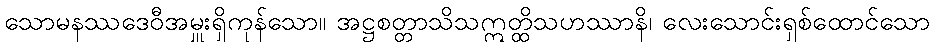
သောမနဿဒေဝီအမှူးရှိကုန်သော။ အဋ္ဌစတ္တာသိသဣတ္ထိသဟဿာနိ၊ လေးသောင်းရှစ်ထောင်သော